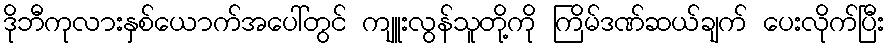
ဒိုဘီကုလားနှစ်ယောက်အပေါ်တွင် ကျူးလွန်သူတို့ကို ကြိမ်ဒဏ်ဆယ်ချက် ပေးလိုက်ပြီး